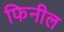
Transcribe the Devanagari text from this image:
फिनील